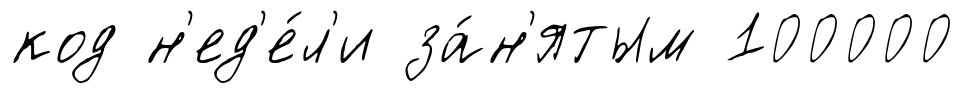
код н'ед'е́л'и за́н'ятым 100000